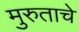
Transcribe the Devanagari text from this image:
मुरुताचे